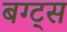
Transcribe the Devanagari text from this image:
बग्ट्स